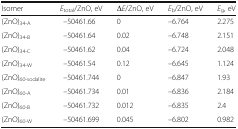
<table><thead><tr><td><b>Isomer</b></td><td><b><i>E</i><sub>total</sub>/ZnO, eV</b></td><td><b>Δ<i>E</i>/ZnO, eV</b></td><td><b><i>E</i><sub>b</sub>/ZnO, eV</b></td><td><b><i>E</i><sub>g</sub>, eV</b></td></tr></thead><tbody><tr><td>(ZnO)<sub>34-A</sub></td><td>–50461.66</td><td>0</td><td>–6.764</td><td>2.275</td></tr><tr><td>(ZnO)<sub>34-B</sub></td><td>–50461.64</td><td>0.02</td><td>–6.748</td><td>2.151</td></tr><tr><td>(ZnO)<sub>34-C</sub></td><td>–50461.62</td><td>0.04</td><td>–6.724</td><td>2.048</td></tr><tr><td>(ZnO)<sub>34-W</sub></td><td>–50461.54</td><td>0.12</td><td>–6.645</td><td>1.124</td></tr><tr><td>(ZnO)<sub>60-sodalite</sub></td><td>–50461.744</td><td>0</td><td>–6.847</td><td>1.93</td></tr><tr><td>(ZnO)<sub>60-A</sub></td><td>–50461.734</td><td>0.01</td><td>–6.836</td><td>2.184</td></tr><tr><td>(ZnO)<sub>60-B</sub></td><td>–50461.732</td><td>0.012</td><td>–6.835</td><td>2.4</td></tr><tr><td>(ZnO)<sub>60-W</sub></td><td>–50461.699</td><td>0.045</td><td>–6.802</td><td>0.982</td></tr></tbody></table>